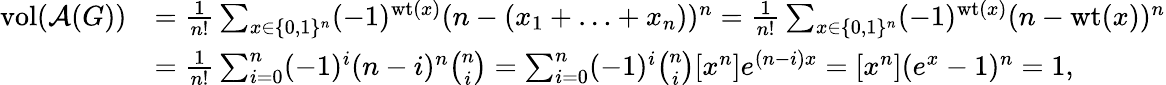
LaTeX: \begin{array}{rl}{\textnormal{vol}(\mathcal{A}(G))}&{=\frac{1}{n!}\sum_{x\in\{ 0,1\} ^{n}}(-1)^{\textnormal{wt}(x)}(n-(x_{1}+\ldots+x_{n}))^{n}=\frac{1}{n!}\sum_{x\in\{ 0,1\} ^{n}}(-1)^{\textnormal{wt}(x)}(n-\textnormal{wt}(x))^{n}}\\ &{=\frac{1}{n!}\sum_{i=0}^{n}(-1)^{i}(n-i)^{n}\binom{n}{i}=\sum_{i=0}^{n}(-1)^{i}\binom{n}{i}[x^{n}]e^{(n-i)x}=[x^{n}](e^{x}-1)^{n}=1,}\end{array}